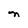
Character: n